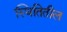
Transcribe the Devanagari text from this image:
स्थितितील